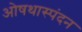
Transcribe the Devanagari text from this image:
ओषथास्पंदन